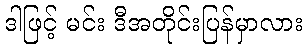
ဒါဖြင့် မင်း ဒီအတိုင်းပြန်မှာလား